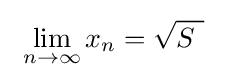
\ \lim _{n\to \infty }x_{n}={\sqrt {S~}}~